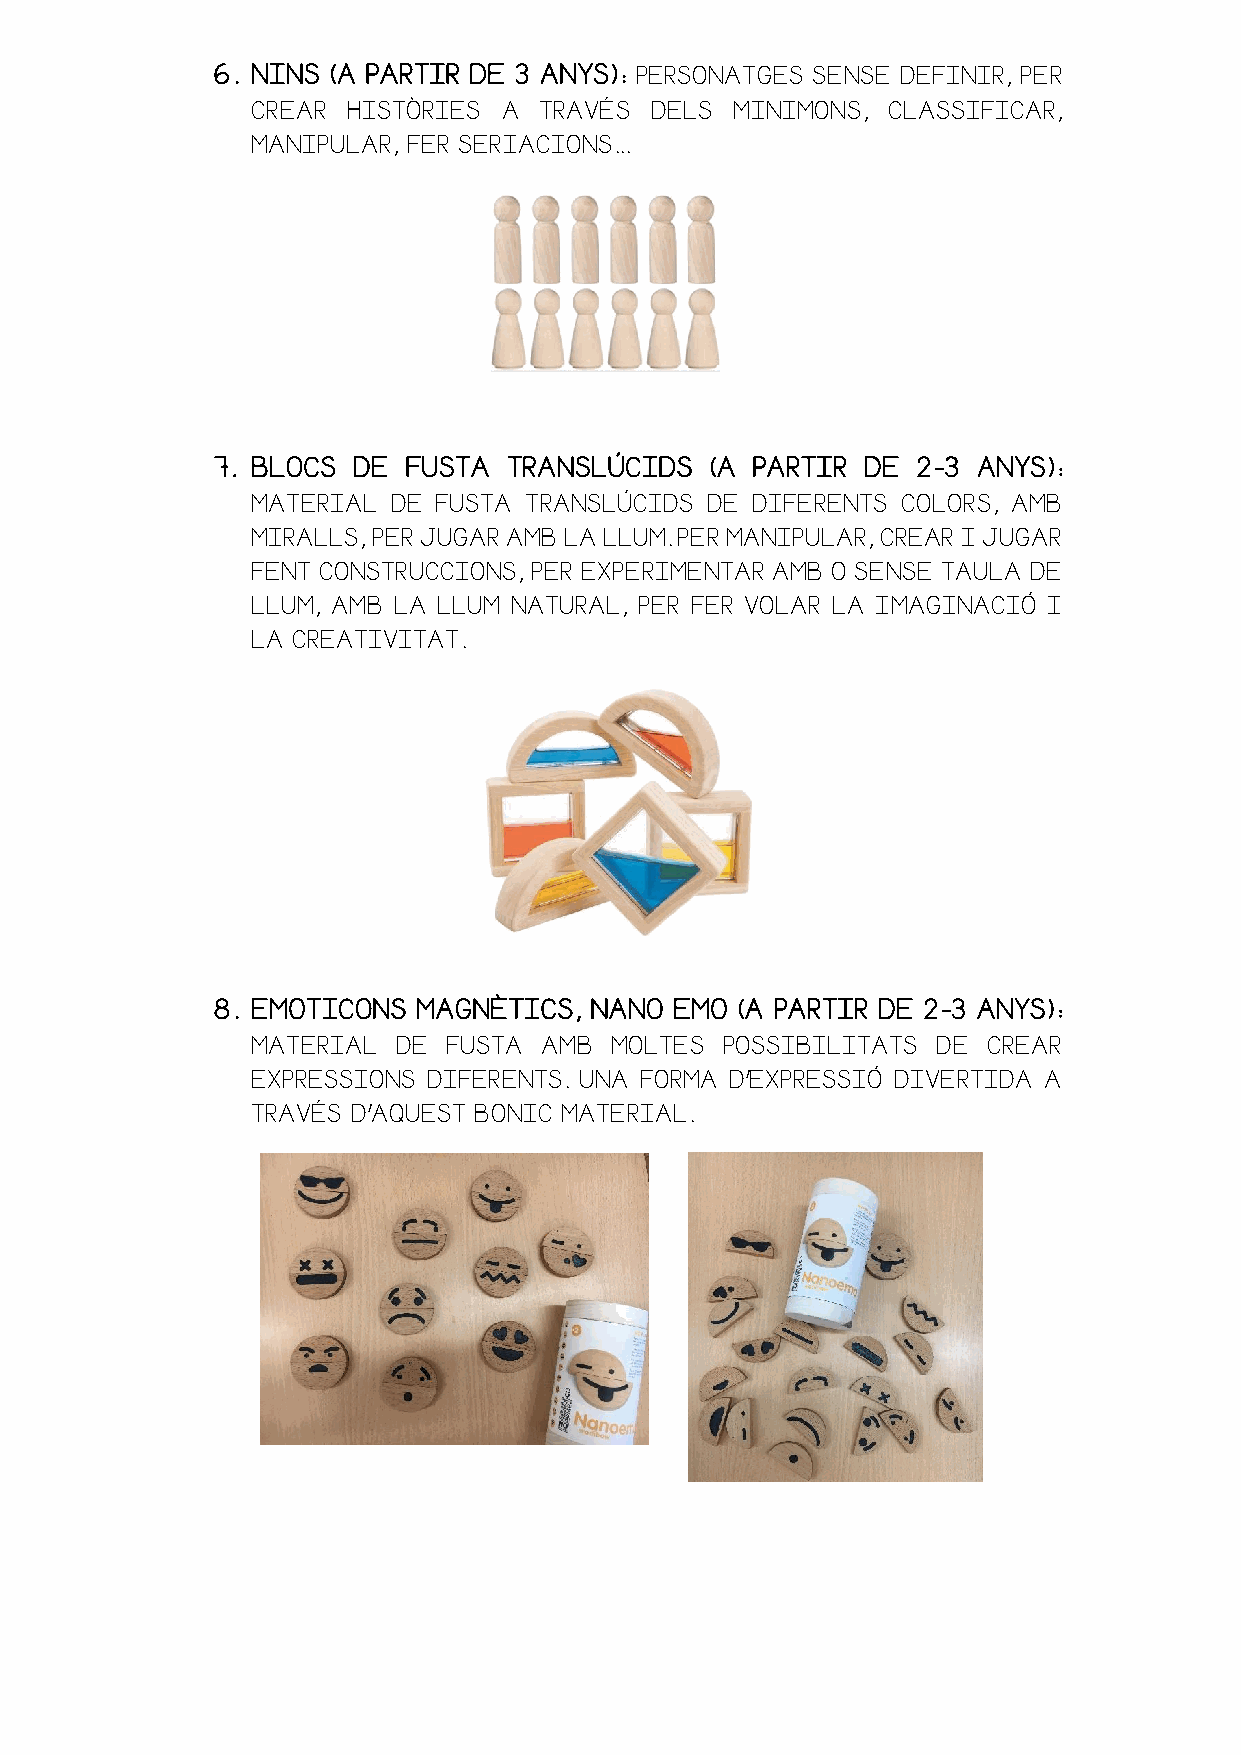
6. NINS (A PARTIR DE 3 ANYS): PERSONATGES SENSE DEFINIR, PER
 CREAR HISTÒRIES A  TRAVÉS DELS  MINIMONS, CLASSIFICAR,
 MANIPULAR, FER SERIACIONS...
 7. BLOCS DE  FUSTA  TRANSLÚCIDS  (A PARTIR DE  2-3 ANYS):
 MATERIAL DE FUSTA TRANSLÚCIDS DE DIFERENTS COLORS, AMB
 MIRALLS, PER JUGAR AMB LA LLUM. PER MANIPULAR, CREAR I JUGAR
 FENT CONSTRUCCIONS, PER EXPERIMENTAR AMB O SENSE TAULA DE
 LLUM, AMB LA LLUM NATURAL, PER FER VOLAR LA IMAGINACIÓ I
 LA CREATIVITAT.
 8. EMOTICONS  MAGNÈTICS, NANO  EMO (A PARTIR DE 2-3 ANYS):
 MATERIAL DE  FUSTA AMB MOLTES  POSSIBILITATS DE CREAR
 EXPRESSIONS DIFERENTS. UNA FORMA D’EXPRESSIÓ DIVERTIDA A
 TRAVÉS D’AQUEST BONIC MATERIAL.